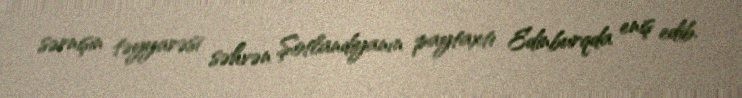
sərnişin təyyarəsi səhvən Şotlandiyanın paytaxtı Edinburqda eniş edib.